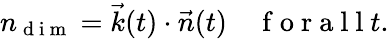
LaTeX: n_{\mathrm{~d~i~m~}}=\vec{k}(t)\cdot\vec{n}(t)\enspace\enspace\mathrm{~f~o~r~a~l~l~}t.